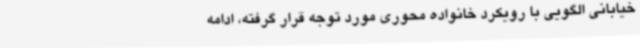
خیابانی الگویی با رویکرد خانواده محوری مورد توجه قرار گرفته، ادامه